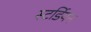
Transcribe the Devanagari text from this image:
स्टर्डियन